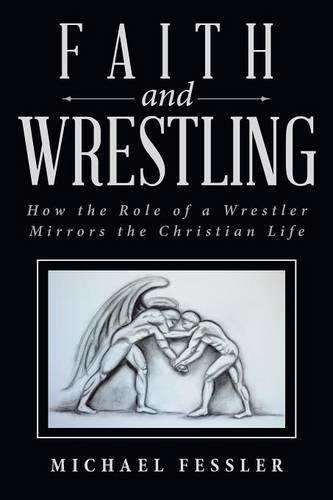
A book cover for Faith and Wrestling: How the Role of a Wrestler Mirrors the Christian Life; Michael Fessler; Religion & Spirituality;